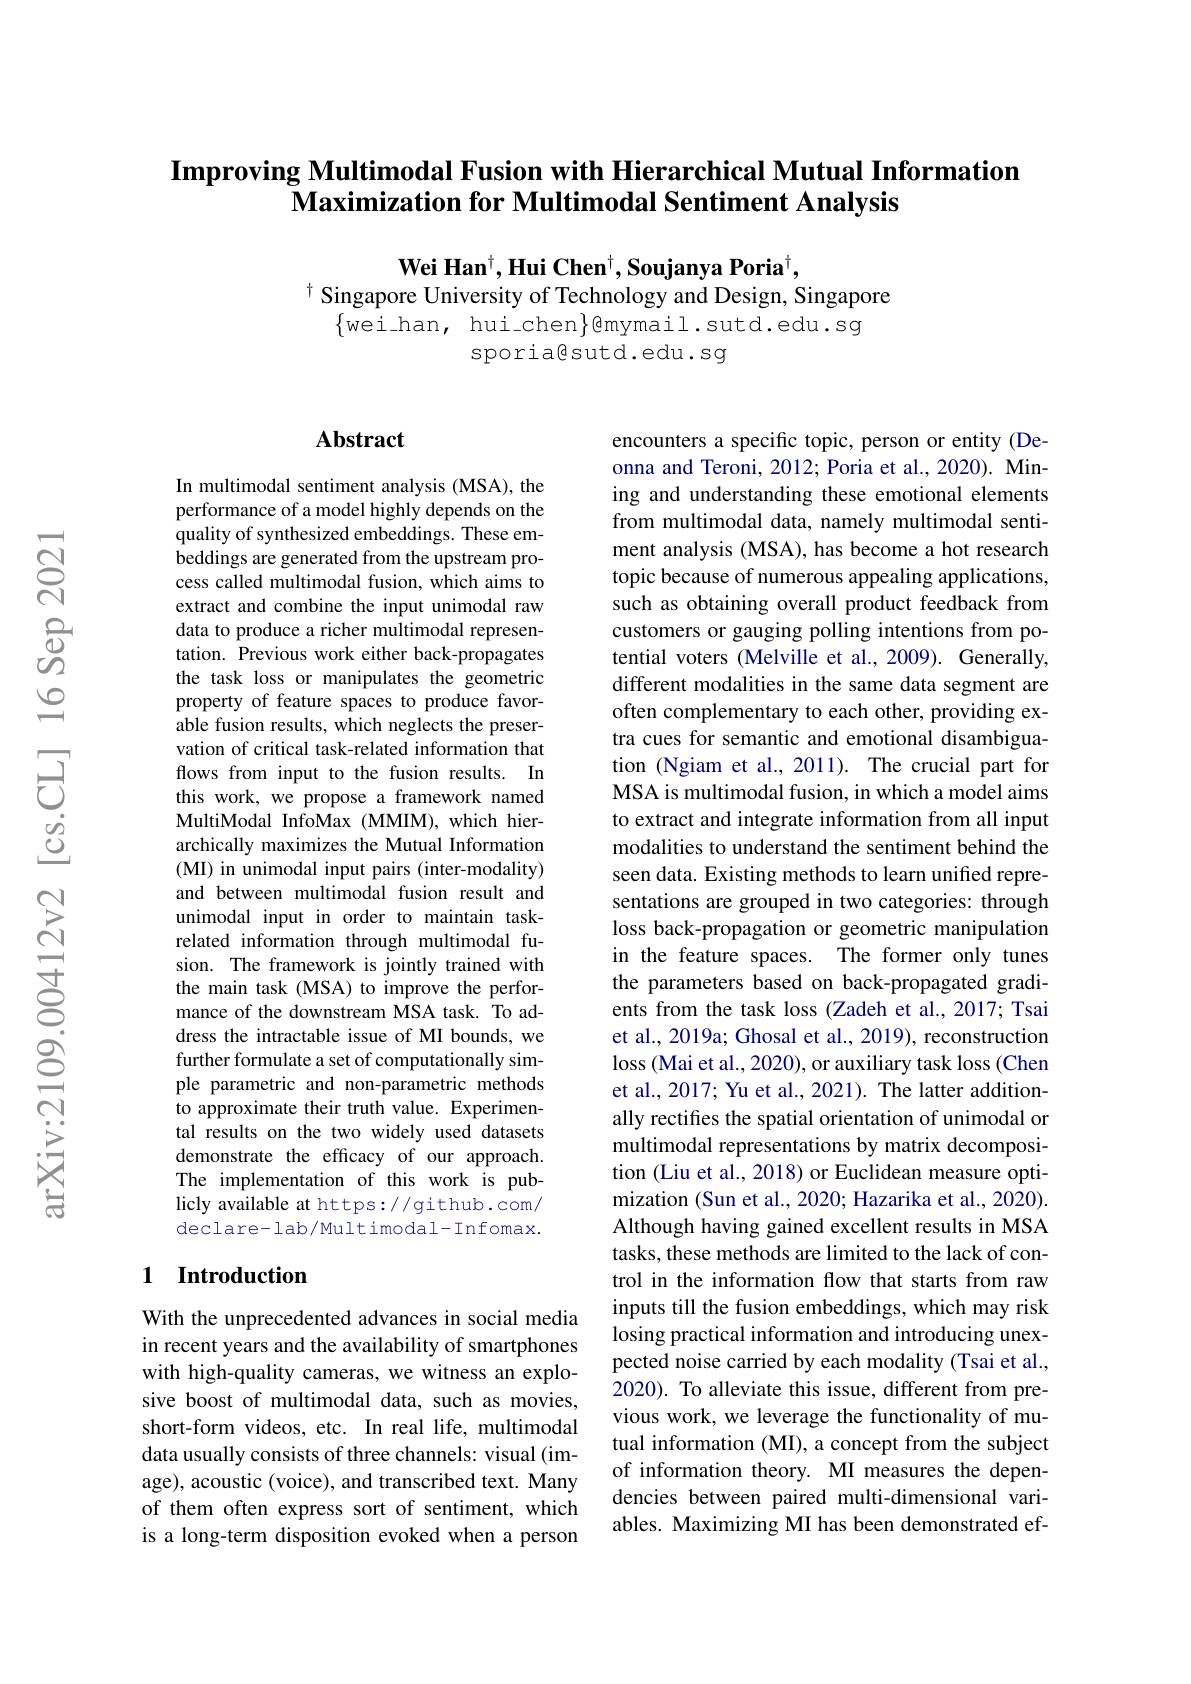
$\textbf{Improving Multimodal Fusion with Hierarchical Mutual Information}$
$\textbf{Maximization for Multimodal Sentiment Analysis}$

$\textbf{Wei Han}^{\dagger},\textbf{Hui Chen}^{\dagger},\textbf{Soujanya Poria}^{\dagger}$,
$^{\dagger}$Singapore University of Technology and Design, Singapore
$\{$wei\_han, hui\_chen$\}$@mymail.sutd.edu.sg
sporiagsutd.edu.sg

## $\mathbf{Abstract}$

In multimodal sentiment analysis (MSA), the performance of a model highly depends on the quality of synthesized embeddings. These embeddings are generated from the upstream process called multimodal fusion, which aims to extract and combine the input unimodal raw data to produce a richer multimodal representation. Previous work either back-propagates the task loss or manipulates the geometric property of feature spaces to produce favorable fusion results, which neglects the preservation of critical task-related information that flows from input to the fusion results. In this work, we propose a framework named MultiModal InfoMax (MMIM), which hierarchically maximizes the Mutual Information (MI) in unimodal input pairs (inter-modality) and between multimodal fusion result and unimodal input in order to maintain taskrelated information through multimodal fusion. The framework is jointly trained with the main task (MSA) to improve the performance of the downstream MSA task. To address the intractable issue of MI bounds, we further formulate a set of computationally simple parametric and non-parametric methods to approximate their truth value. Experimental results on the two widely used datasets demonstrate the efficacy of our approach. The implementation of this work is publicly available at https://github.com/ declare- lab/Multimodal- Infomax.

## 1 Introduction

With the unprecedented advances in social media in recent years and the availability of smartphones with high-quality cameras, we witness an explosive boost of multimodal data, such as movies, short-form videos, etc. In real life, multimodal data usually consists of three channels: visual (image), acoustic (voice), and transcribed text. Many of them often express sort of sentiment, which is a long-term disposition evoked when a person

encounters a specific topic, person or entity (Deonna and Teroni, 2012; Poria et al., 2020). Mining and understanding these emotional elements from multimodal data, namely multimodal sentiment analysis (MSA), has become a hot research topic because of numerous appealing applications, such as obtaining overall product feedback from customers or gauging polling intentions from potential voters (Melville et al., 2009). Generally, different modalities in the same data segment are often complementary to each other, providing extra cues for semantic and emotional disambiguation (Ngiam et al., 2011). The crucial part for MSA is multimodal fusion, in which a model aims to extract and integrate information from all input modalities to understand the sentiment behind the seen data. Existing methods to learn unified representations are grouped in two categories: through loss back-propagation or geometric manipulation in the feature spaces. The former only tunes the parameters based on back-propagated gradients from the task loss (Zadeh et al., 2017; Tsai et al., 2019a; Ghosal et al., 2019), reconstruction loss (Mai et al., 2020), or auxiliary task loss (Chen et al., 2017; Yu et al., 2021). The latter additionally rectifes the spatial orientation of unimodal or multimodal representations by matrix decomposition (Liu et al., 2018) or Euclidean measure optimization (Sun et al., 2020; Hazarika et al., 2020). Although having gained excellent results in MSA tasks, these methods are limited to the lack of control in the information flow that starts from raw inputs till the fusion embeddings, which may risk losing practical information and introducing unexpected noise carried by each modality (Tsai et al., 2020). To alleviate this issue, different from previous work, we leverage the functionality of mutual information (MI), a concept from the subject of information theory. MI measures the dependencies between paired multi-dimensional variables. Maximizing MI has been demonstrated ef-